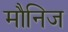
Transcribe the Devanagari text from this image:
मौनिज